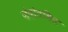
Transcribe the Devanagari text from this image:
ज़ेदोतविल